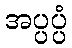
အပ္ပပ္ပံ